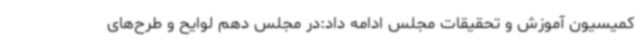
کمیسیون آموزش و تحقیقات مجلس ادامه داد:در مجلس دهم لوایح و طرح‌های